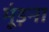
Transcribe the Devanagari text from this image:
मूंड़ना